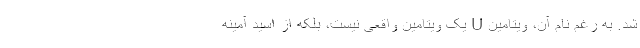
شد. به رغم نام آن، ویتامین U یک ویتامین واقعی نیست، بلکه از اسید آمینه